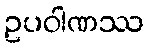
ဥပဝါဏဿ